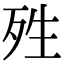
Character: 殅